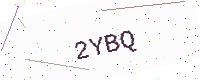
Text: 2YBQ